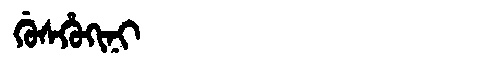
Manchu: ᡤᡠᠰᡥᡠᡴᡳᠨᡳ
Romanization: GUSHUKINI